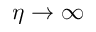
\eta \rightarrow \infty